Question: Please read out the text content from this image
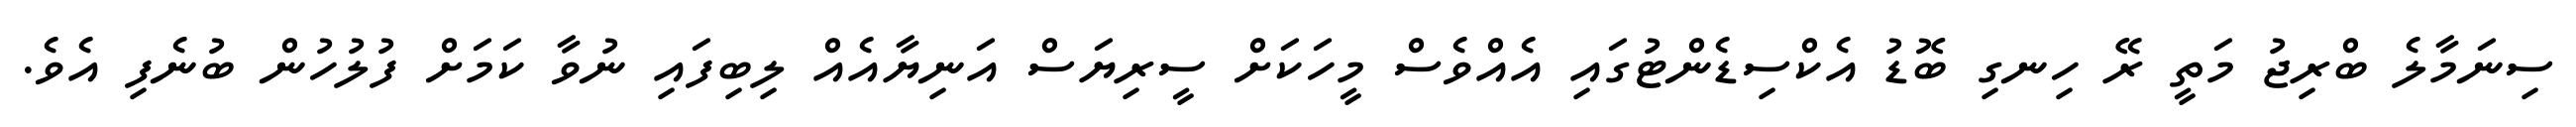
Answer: ސިނަމާލެ ބްރިޖު މަތީ ރޭ ހިނގި ބޮޑު އެކްސިޑެންޓުގައި އެއްވެސް މީހަކަށް ސީރިޔަސް އަނިޔާއެއް ލިބިފައި ނުވާ ކަމަށް ފުލުހުން ބުނެފި އެވެ.